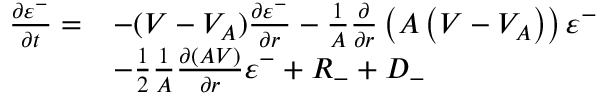
\begin{array} { r l } { \frac { \partial \varepsilon ^ { - } } { \partial t } = } & { - ( V - V _ { A } ) \frac { \partial \varepsilon ^ { - } } { \partial r } - \frac { 1 } { A } \frac { \partial } { \partial r } \left( A \left( V - V _ { A } \right) \right) \varepsilon ^ { - } } \\ & { - \frac { 1 } { 2 } \frac { 1 } { A } \frac { \partial ( A V ) } { \partial r } \varepsilon ^ { - } + R _ { - } + D _ { - } } \end{array}